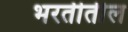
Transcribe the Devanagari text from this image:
भरतीतील